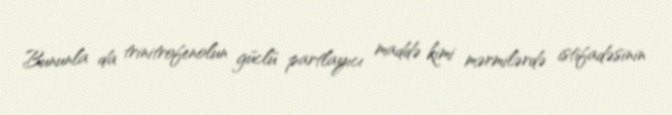
Bununla da trinitrofenolun güclü partlayıcı maddə kimi mərmilərdə istifadəsinin